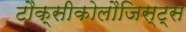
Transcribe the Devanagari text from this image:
टौक्सीकोलौजिस्ट्स